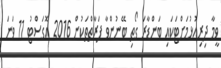
ވީމާ ދިރިއުޅުމަށްޓަކައި ބަންޑާރަ ގޯތި ބޭނުންވާ ފަރާތްތަކުން 2016 އޮގަސްޓު 11 ވަނަ